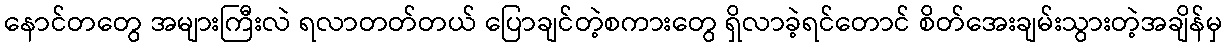
နောင်တတွေ အများကြီးလဲ ရလာတတ်တယ် ပြောချင်တဲ့စကားတွေ ရှိလာခဲ့ရင်တောင် စိတ်အေးချမ်းသွားတဲ့အချိန်မှ